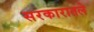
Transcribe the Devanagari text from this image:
सरकारातले